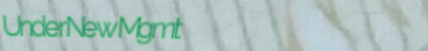
UnderNewMgmt